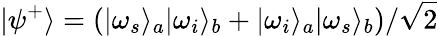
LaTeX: |\psi^{+}\rangle=(|\omega_{s}\rangle_{a}|\omega_{i}\rangle_{b}+|\omega_{i}\rangle_{a}|\omega_{s}\rangle_{b})/\sqrt{2}